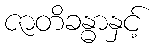
ဇာတိခန္ဓာနှင့်